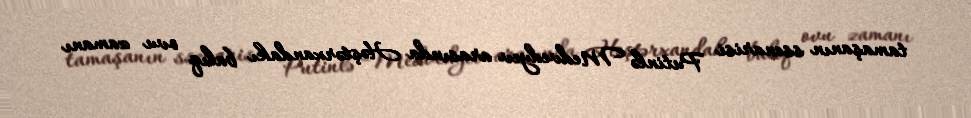
tamaşanın ssenarisi Putinlə Medvedyev arasında Həştərxandakı balıq ovu zamanı